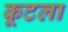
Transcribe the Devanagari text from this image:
कूटला